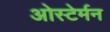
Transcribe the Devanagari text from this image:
ओस्टेर्मन